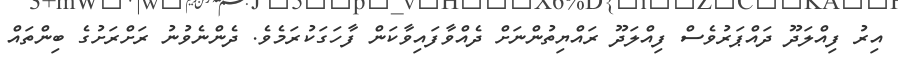
އިރު ފިއްލަދޫ ދައްޕަރުވެސް ފިއްލަދޫ ރައްޔިތުންނަށް ދެއްވާފައިވާކަން ފާހަގަކުރަމެވެ. ދެންނެވުނު ރަށްރަށުގެ ބިންތައް